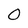
Character: 0